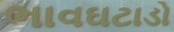
ભાવઘટાડો